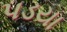
પડયા